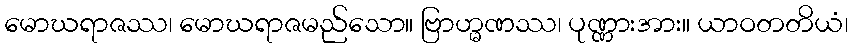
မောဃရာဇဿ၊ မောဃရာဇမည်သော။ ဗြာဟ္မဏဿ၊ ပုဏ္ဏားအား။ ယာဝတတိယံ၊